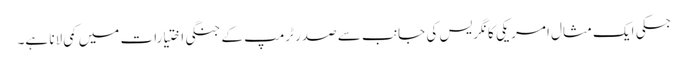
جسکی ایک مثال امریکی کانگریس کی جانب سے صدر ٹرمپ کے جنگی اختیارات میں کمی لانا ہے۔